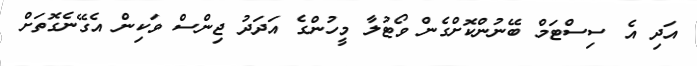
އަދި އެ ސިސްޓަމް ބޭނުންކޮށްގެން ވޯޓުލާ މީހުންގެ އަދަދު ޖިންސް ވަކިން އެގޭނެގޮތަށް